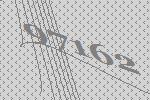
97162